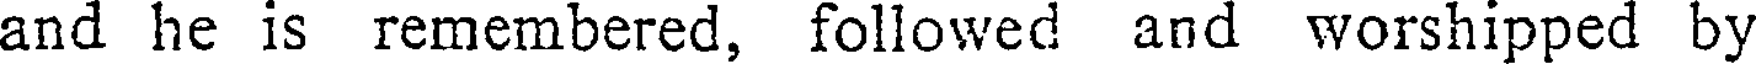
and he is remembered, followed and worshipped by